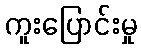
ကူးပြောင်းမှု